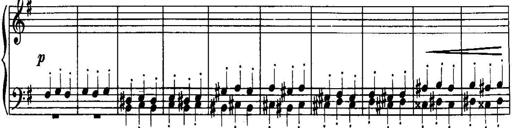
Title: Piano Sonatina No.1, Op.146
Composer: Stephen Heller